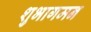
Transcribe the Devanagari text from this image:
शुभागमन